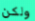
ولكن